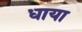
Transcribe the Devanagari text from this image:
धाया